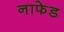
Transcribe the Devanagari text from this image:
नाफेड